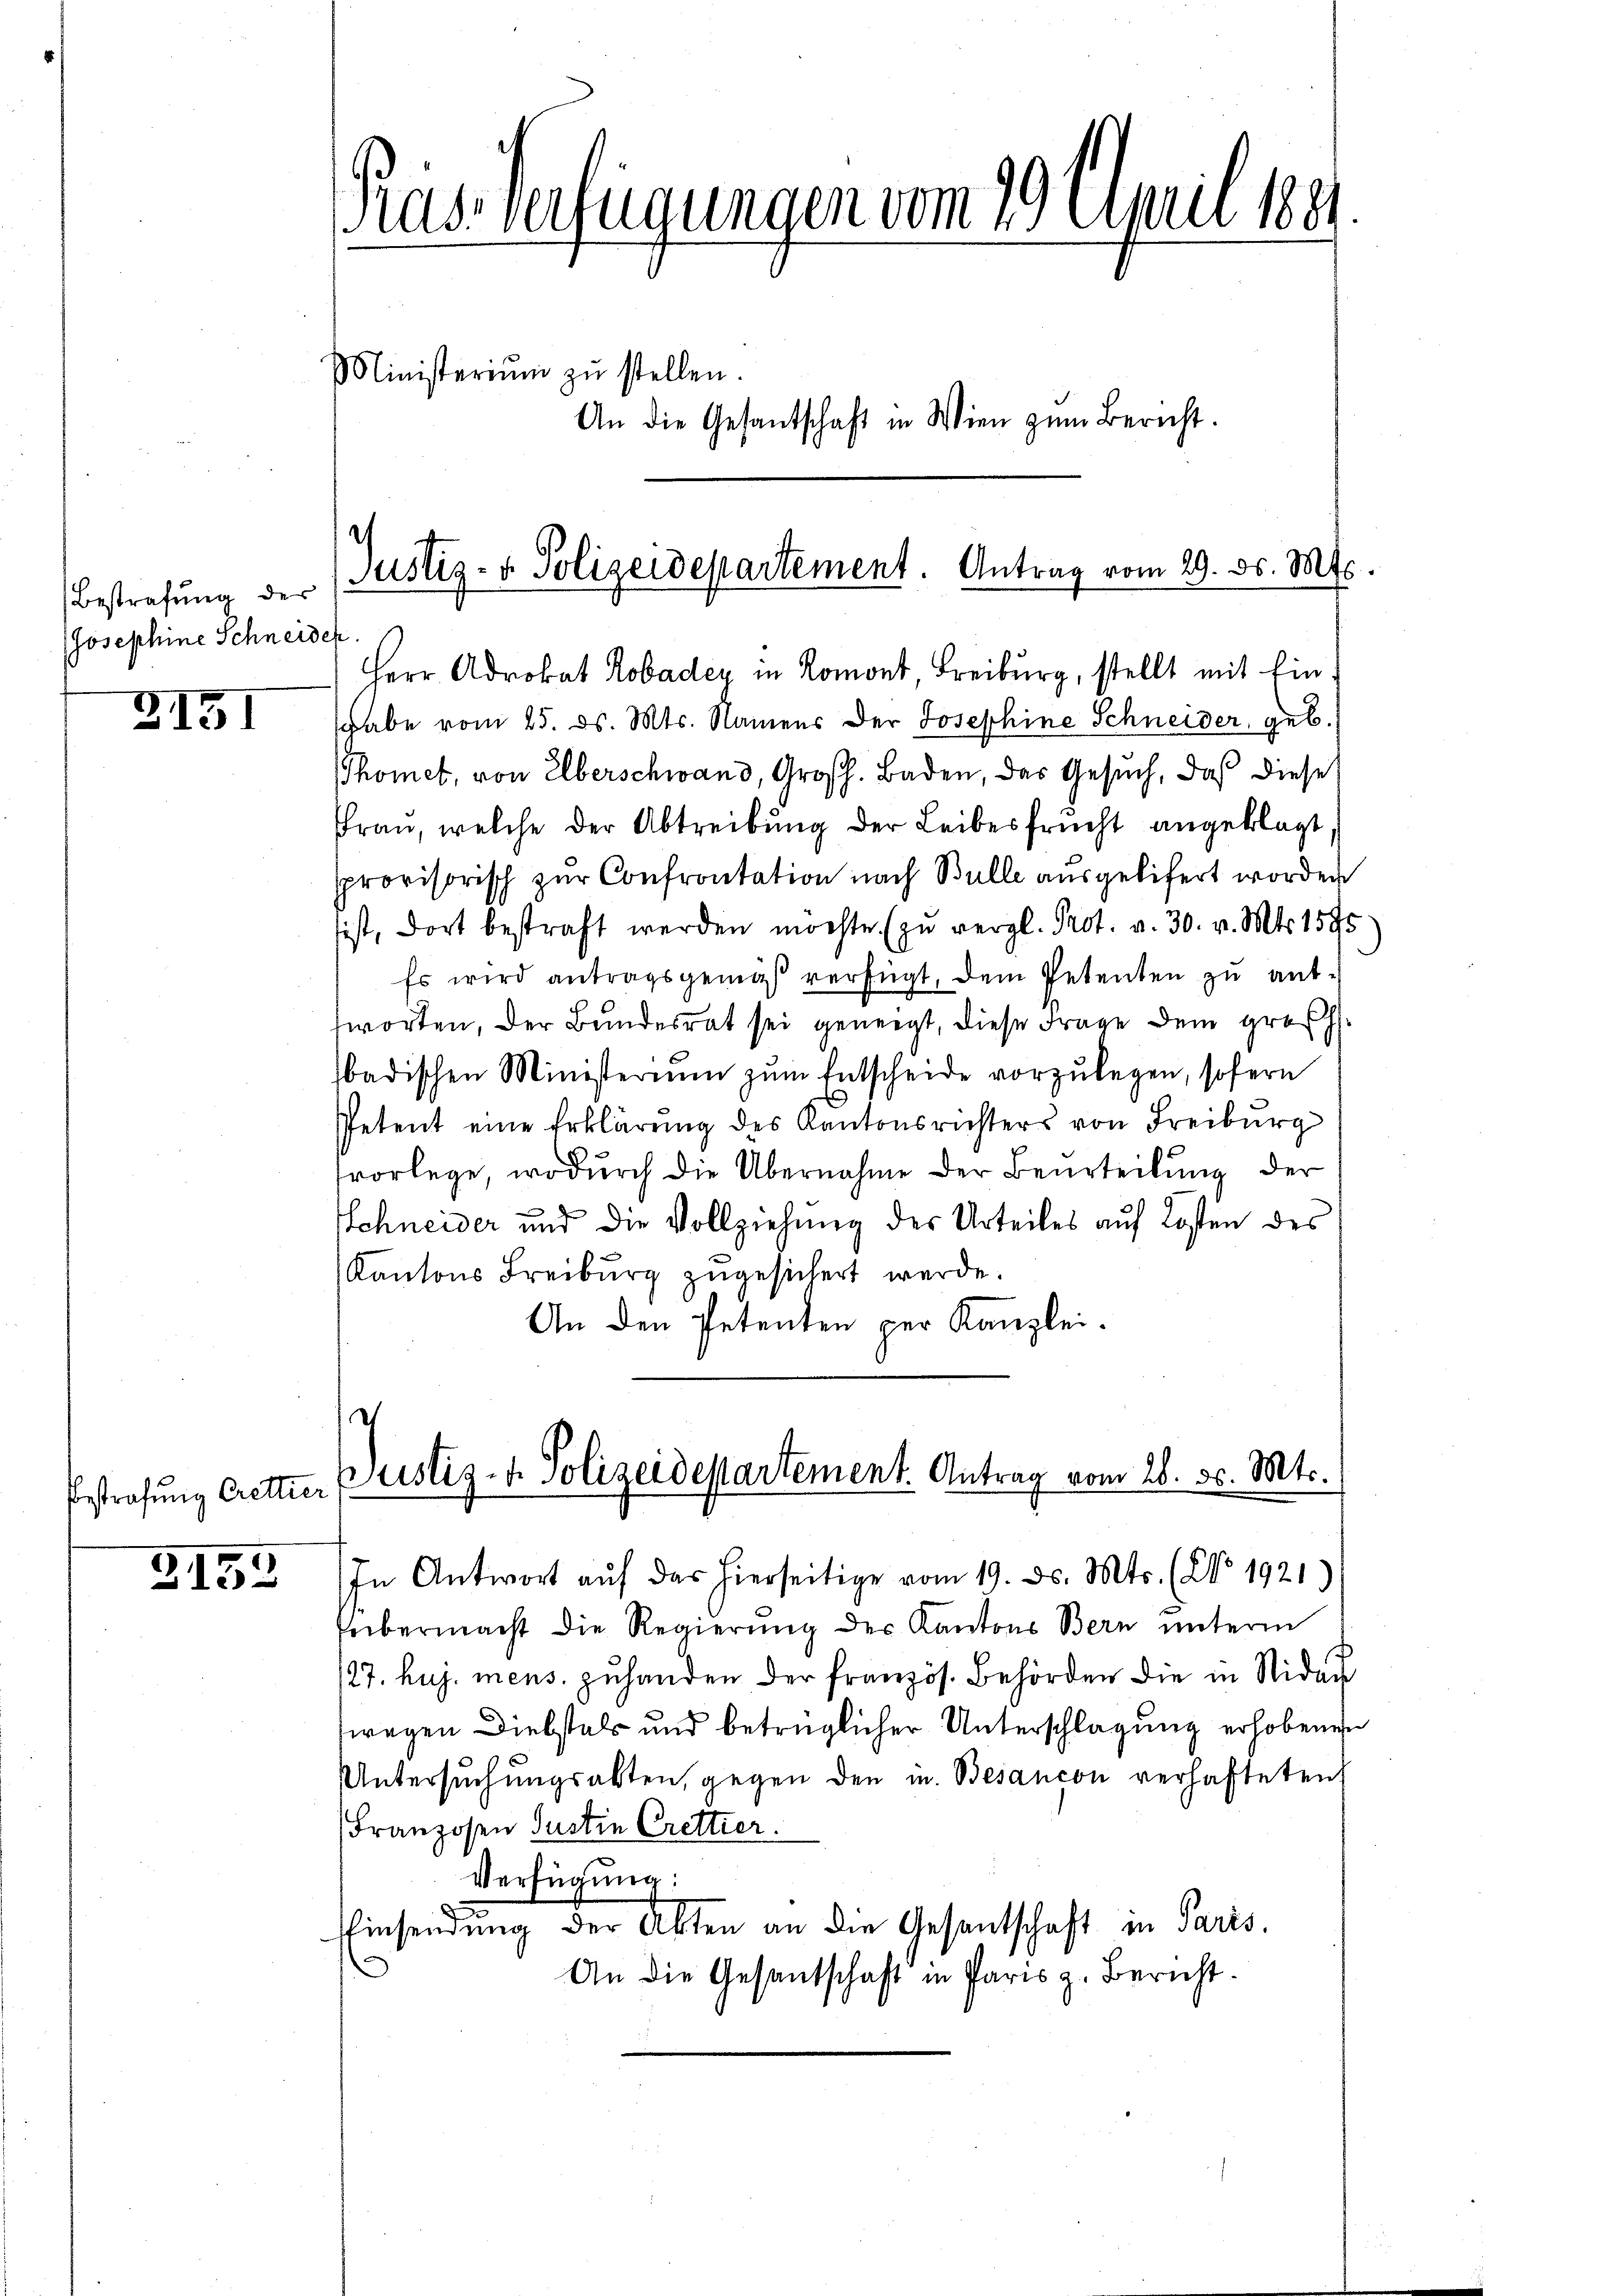
Bestrafung der
Josephine Schneider

Z51

Estrafung Crettier

2152

Pras Verfügungen vom 20. April 1881
Ministerium zu stellen.
An die Gesantschaft in Wien zum Bericht.

Justiz- u. Polizeidepartement. Antrag vom 29. ds. Mts.

Herr Advokat Robadey in Romon Freiburg, stellt mit Eingabe vom 25. d. Mts. Namens der Josephine Schneider, geb.
Thomet, von Eberschwand, Großh. Baden, das Gesuch, daß diese
Frau, welche der Abtreibung der Leibesfrucht angeklagt,
provisorisch zur Confrontation nach Bulle ausgelifert worden
sist, dort bestraft werden möchte. (zu vergl. Prot. v. 30. v. Mts. 1590
Es wird antragsgemäß verfügt, dem Petenten zu entsworten, der Bundesrat sei geneigt, diese Frage dem großh.
badischen Ministerium zum Entscheide vorzŭlegen, sofern
Petent eine Erklärung des Kantonsrichters von Freiburg
tvorlege, wodurch die Übernahme der Beurteilung der
Schneider und die Vollziehung des Urteiles auf Kosten des
Kantons Freiburg zugesichert werde.
An den Petenten per Kanzlei.

ebermacht die Regierŭng des Kantons Bern ŭnterm
/27. huj. mens. zuhanden der französ. Behörden die in Nidau
fwegen Diebstals und betrüglicher Unterschlagung erhobenen
Untersuchungsakten, gegen den u. Besançon verhafteten
Franzosen Justin Crettier.
Verfügung:
EEinsendung der Akten an die Gesantschaft in Paris.
An die Gesandschaft in Paris z. Bericht.

Justiz- u. Polizeidepartement. Antrag vom 26. d. Mts.
In Antwort aŭf das hierseitige vom 19. ds. Mts. (NNo. 1921)